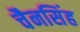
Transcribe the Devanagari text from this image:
चैनसिंह